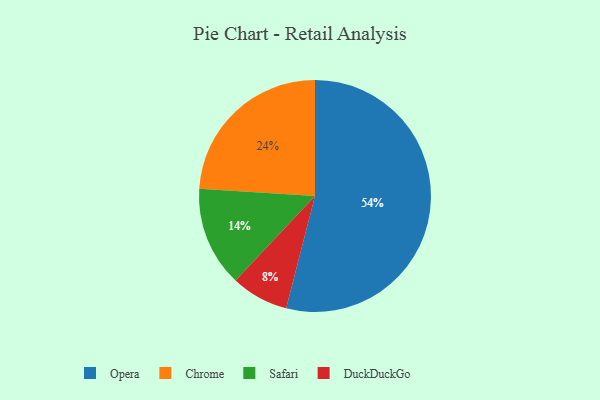
{"axis": {"x": "Category", "y": "Percentage"}, "legend": ["Chrome", "DuckDuckGo", "Opera", "Safari"], "data": [{"x": "DuckDuckGo", "y": 8, "type": "DuckDuckGo"}, {"x": "Chrome", "y": 24, "type": "Chrome"}, {"x": "Safari", "y": 14, "type": "Safari"}, {"x": "Opera", "y": 54, "type": "Opera"}]}